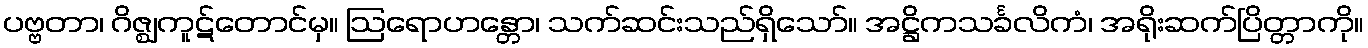
ပဗ္ဗတာ၊ ဂိဇ္ဈကူဋ်တောင်မှ။ ဩရောဟန္တော၊ သက်ဆင်းသည်ရှိသော်။ အဋ္ဌိကသင်္ခလိကံ၊ အရိုးဆက်ပြိတ္တာကို။